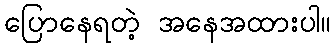
ပြောနေရတဲ့ အနေအထားပါ။